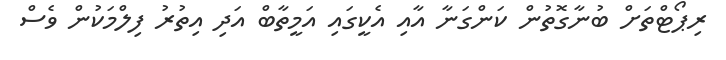
ރިޕޯޓްތަށް ބުނާގޮތުން ކަންގަނާ އާއި އެކީގައި އަމީތާބް އަދި އިތުރު ފިލްމަކުން ވެސް